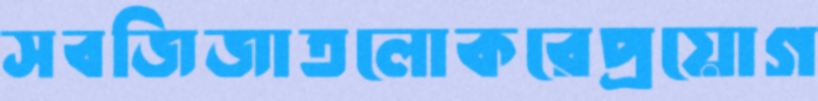
সবজিজাতলোকরেপ্রয়োগ